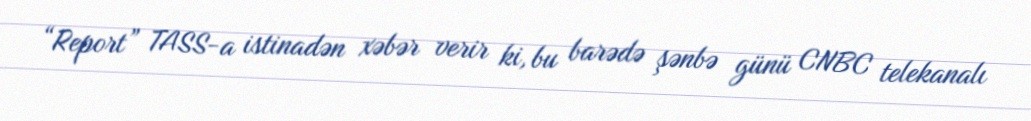
“Report” TASS-a istinadən xəbər verir ki, bu barədə şənbə günü CNBC telekanalı